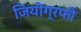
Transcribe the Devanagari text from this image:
जियोग्रफी